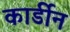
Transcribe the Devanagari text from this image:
कार्डीन